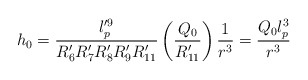
\begin{align*}h_0 = \frac{l_p^{\prime 9}}{R_6^{\prime} R_7^{\prime}R_8^{\prime} R_9^{\prime} R_{11}^{\prime}} \left( \frac{Q_0}{R_{11}^{\prime}} \right) \frac{1}{r^3} = \frac{Q_0 l_p^3}{r^3}\end{align*}